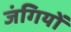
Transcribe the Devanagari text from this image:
जंगियों